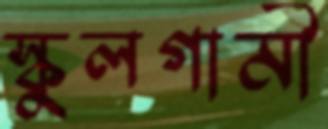
স্কুলগামী